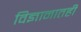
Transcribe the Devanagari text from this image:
विज्ञानातही